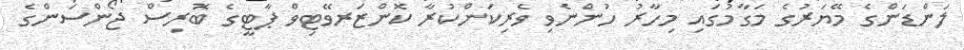
ލަންޑަންގެ މޭޔަރުގެ މަގާމުގައި މިހާރު ހުންނެވި ވެރިކަންކުރާ ކޮންޒަރވޭޓިވް ޕާޓީގެ ބޮރިސް ޖޯންސަންގެ